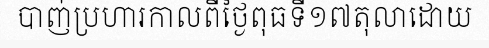
បាញ់ប្រហារកាលពីថ្ងៃពុធទី១៧តុលាដោយ